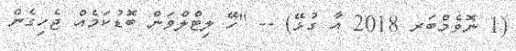
(1 ނޮވެމްބަރ 2018 އާ ގުޅޭ) -- "ހޭ ލިޓްލްވަން ބޮޑުކަމެއް ޖެހިގެން